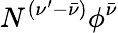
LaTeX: N^{(\nu^{\prime}-\bar{\nu})}\phi^{\bar{\nu}}